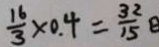
\frac { 1 6 } { 3 } \times 0 . 4 = \frac { 3 2 } { 1 5 } B